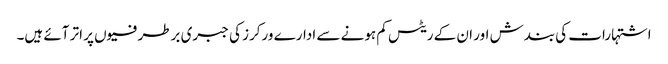
اشتہارات کی بندش اور ان کے ریٹس کم ہونے سے ادارے ورکرز کی جبری برطرفیوں پر اتر آئے ہیں۔